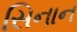
સિનાન